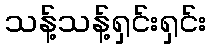
သန့်သန့်ရှင်းရှင်း